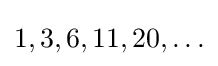
1,3,6,11,20,\ldots